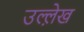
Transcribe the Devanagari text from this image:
उल्ले़ख